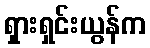
ရှားရှင်းယွန်က